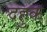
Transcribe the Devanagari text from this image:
दहुक